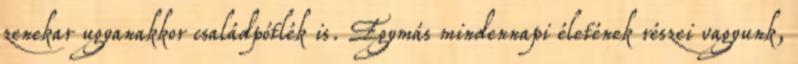
zenekar ugyanakkor családpótlék is. Egymás mindennapi életének részei vagyunk,